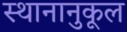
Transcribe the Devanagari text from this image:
स्थानानुकूल